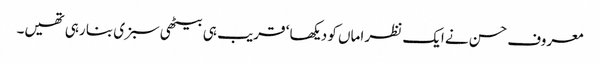
معروف حسن نے ایک نظر اماں کو دیکھا ‘ قریب ہی بیٹھی سبزی بنا رہی تھیں۔